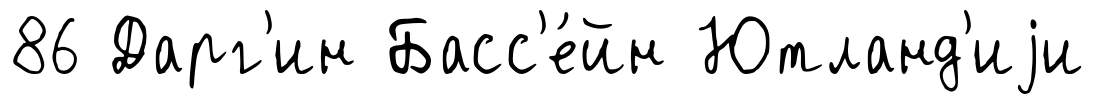
86 Дарг'ин Басс'е́йн Ютланд'иjи